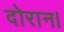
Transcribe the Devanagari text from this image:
दोरान।